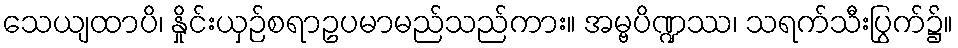
သေယျထာပိ၊ နှိုင်းယှဉ်စရာဥပမာမည်သည်ကား။ အမ္ဗပိဏ္ဍဿ၊ သရက်သီးပြွက်၌။